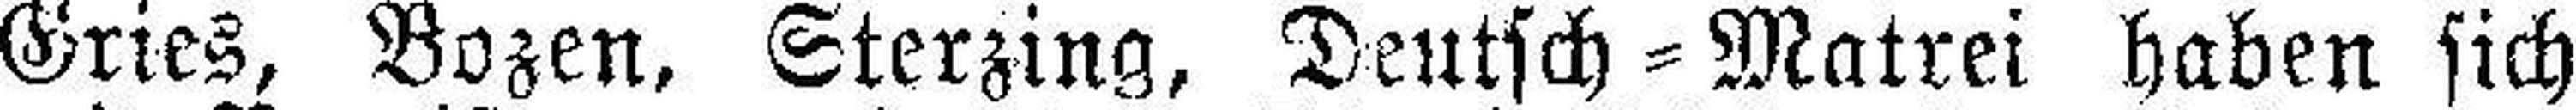
Gries, Bozen, Sterzing, Deutsch=Matrei haben sich